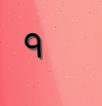
٩